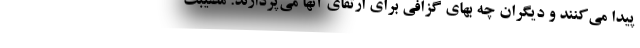
پیدا می‌کنند و دیگران چه بهای گزافی برای ارتقای آنها می‌پردازند. مصیبت